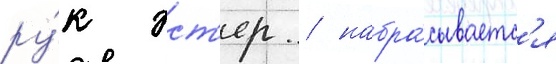
ру́к эст'ер / набра́сываетс'я